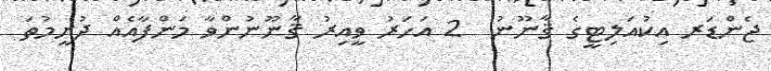
ޖެންޑަރ އިކުއަލިޓީގެ ޤާނޫނު  2 އަހަރު ވީއިރު ޤާނޫނުންވާ މަންފާއެއް ދުށީމުތަ